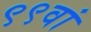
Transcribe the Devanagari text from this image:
९९वां